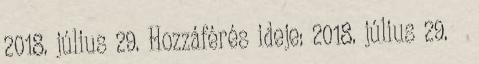
2018. július 29. Hozzáférés ideje: 2018. július 29. ↑